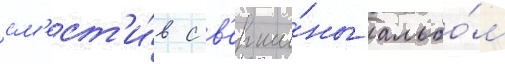
см'ест'и́в с в'ерши́ны альбо́м